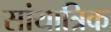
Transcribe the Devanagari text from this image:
सांयात्रिक